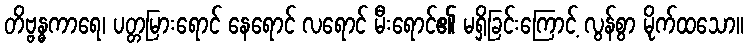
တိဗ္ဗန္ဓကာရေ၊ ပတ္တမြားရောင် နေရောင် လရောင် မီးရောင်၏ မရှိခြင်းကြောင့် လွန်စွာ မိုက်ထသော။